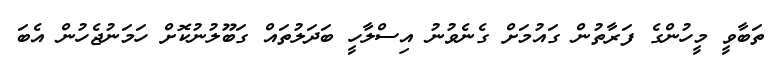
ތަބާވީ މީހުންގެ ފަރާތުން ގައުމަށް ގެނެވުނު އިސްލާހީ ބަދަލުތައް ގަބޫލުނުކޮށް ހަމަނުޖެހުން އެބަ